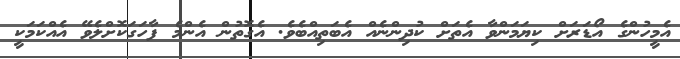
އެމީހުންގެ އޯޑަރަށް ކިޔަމަންވާ އެތަށް ކުދިންނެއް އެބަތިއްބެވެ. އެގޮތުން އެންމެ ފާހަގަކޮށްލެވޭ އެއްކަމަކީ